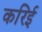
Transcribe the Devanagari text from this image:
करिई